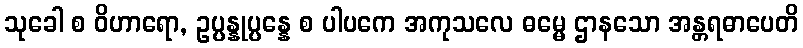
သုခေါ စ ဝိဟာရော, ဥပ္ပန္နုပ္ပန္နေ စ ပါပကေ အကုသလေ ဓမ္မေ ဌာနသော အန္တရဓာပေတိ